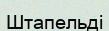
Штапельді